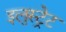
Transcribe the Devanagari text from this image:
इलुस्ट्रेट